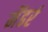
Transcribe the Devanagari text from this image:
मेंढरं